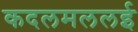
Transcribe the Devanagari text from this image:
कदलमललई